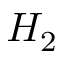
H _ { 2 }